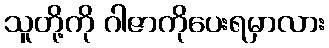
သူတို့ကို ဂါဇာကိုပေးရမှာလား